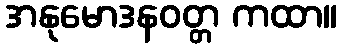
အနုမောဒနဝတ္တ ကထာ။